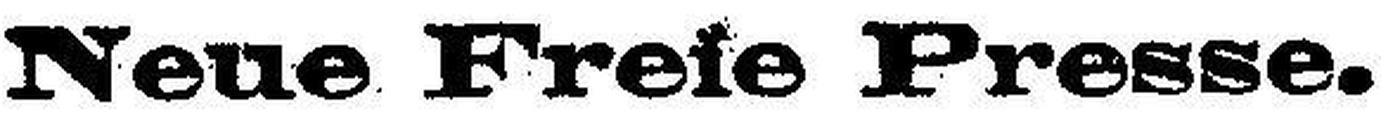
Neue Freie Presse.